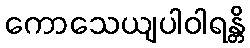
ကောသေယျပါဝါရန္တိ